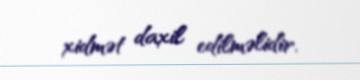
xidmət daxil edilməlidir.